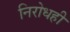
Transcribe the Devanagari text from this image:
निरोधही